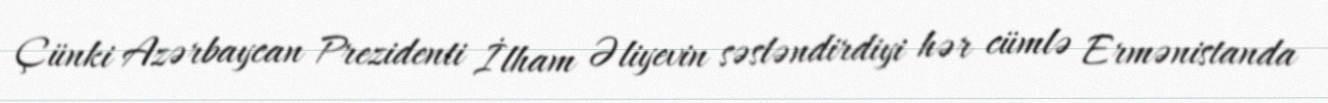
Çünki Azərbaycan Prezidenti İlham Əliyevin səsləndirdiyi hər cümlə Ermənistanda